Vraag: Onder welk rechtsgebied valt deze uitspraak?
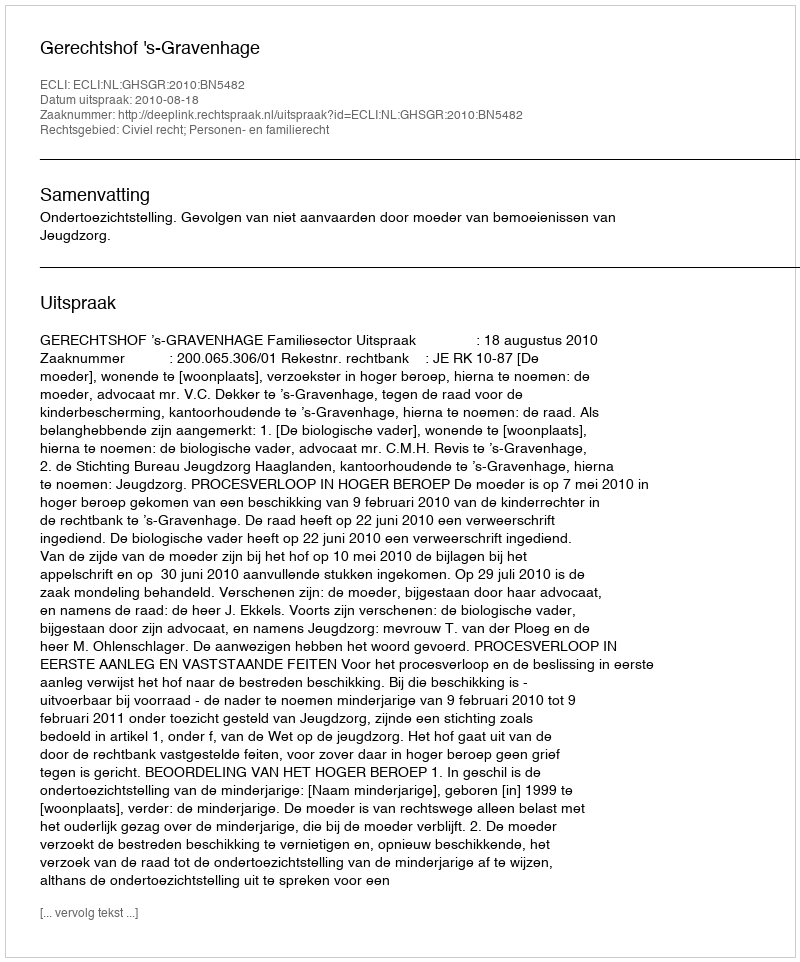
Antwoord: Civiel recht; Personen- en familierecht